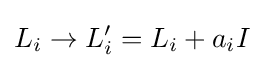
L_{i}\to L_{i}'=L_{i}+a_{i}I